Report of the Indian Hemp Drugs Commission, 1894-1895 - Volume VII
Year: 1894
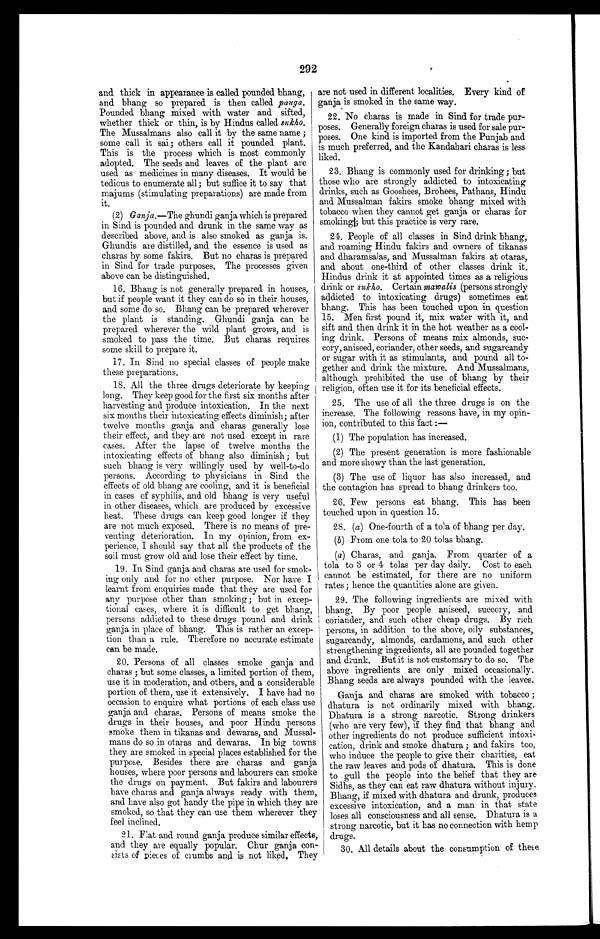
292
and thick in appearance is called pounded bhang,
and bhang so prepared is then called panga.
Pounded bhang mixed with water and sifted,
whether thick or thin, is by Hindus called sukho.
The Mussalmans also call it by the same name;
some call it sai; others call it pounded plant.
This is the process which is most commonly
adopted. The seeds and leaves of the plant are
used as medicines in many diseases. It would be
tedious to enumerate all; but suffice it to say that
majums (stimulating preparations) are made from
it.
(2) Ganja .—The ghundi ganja which is prepared
in Sind is pounded and drunk in the same way as
described above, and is also smoked as ganja is.
Ghundis are distilled, and the essence is used as
charas by some fakirs. But no charas is prepared
in Sind for trade purposes. The processes given
above can be distinguished.
16. Bhang is not generally prepared in houses,
but if people want it they can do so in their houses,
and some do so. Bhang can be prepared wherever
the plant is standing. Ghundi ganja can be
prepared wherever the wild plant grows, and is
smoked to pass the time. But charas requires
some skill to prepare it.
17. In Sind no special classes of people make
these preparations.
18. All the three drugs deteriorate by keeping
long. They keep good for the first six months after
harvesting and produce intoxication. In the next
six months their intoxicating effects diminish; after
twelve months ganja and" charas generally lose
their effect, and they are not used except in rare
cases. After the lapse of twelve months the
intoxicating effects of bhang also diminish; but
such bhang is very willingly used by well-to-do
persons. According to physicians in Sind the
effects of old bhang are cooling, and it is beneficial
in cases of syphilis, and old bhang is very useful
in other diseases, which are produced by excessive
heat. These drugs can keep good longer if they
are not much exposed. There is no means of pre-
venting deterioration. In my opinion, from ex-
perience, I should say that all the products of the
soil must grow old and lose their effect by time.
19. In Sind ganja and charas are used for smok-
ing only and for no other purpose. Nor have I
learnt from enquiries made that they are used for
any purpose other than smoking; but in excep-
tional cases, where it is difficult to get bhang,
persons addicted to these drugs pound and drink
ganja in place of bhang. This is rather an excep-
tion than a rule. Therefore no accurate estimate
can be made.
20. Persons of all classes smoke ganja and
charas; but some classes, a limited portion of them,
use it in moderation, and others, and a considerable
portion of them, use it extensively. I have had no
occasion to enquire what portions of each class use
ganja and charas. Persons of means smoke the
drugs in their houses, and poor Hindu persons
smoke them in tikanas and dewaras, and Mussal-
mans do so in otaras and dewaras. In big towns
they are smoked in special places established for the
purpose. Besides there are charas and ganja
houses, where poor persons and labourers can smoke
the drugs on payment. But fakirs and labourers
have charas and ganja always ready with them,
and have also got handy the pipe in which they are
smoked, so that they can use them wherever they
feel inclined.
21.
Flat and round ganja produce similar effects,
and they are equally popular. Chur ganja con
- s i s t s o f p i e c e s o f c r u m b s a n d i s n o t l i k e d . T h e y
are not used in different localities. Every kind of
ganja is smoked in the same way.
22. No charas is made in Sind for trade pur-
poses. Generally foreign charas is used for sale pur-
poses. One kind is imported from the Punjab and
is much preferred, and the Kandahari charas is less
liked.
23. Bhang is commonly used for drinking; but
those who are strongly addicted to intoxicating
drinks, such as Gooshees, Brohees, Pathans, Hindu
and Mussalman fakirs smoke bhang mixed with
tobacco when they cannot get ganja or charas for
smoking; but this practice is very rare.
24. People of all classes in Sind drink bhang,
and roaming Hindu fakirs and owners of tikanas
and dharamsalas, and Mussalman fakirs at otaras,
and about one-third of other classes drink it.
Hindus drink it at appointed times as a religious
drink or sukho. Certain mawalis (persons strongly
addicted to intoxicating drugs) sometimes eat
bhang. This has been touched upon in question
15. Men first pound it, mix water with it, and
sift and then drink it in the hot weather as a cool-
ing drink. Persons of means mix almonds,
suc-cory, aniseed, coriander, other seeds, and sugarcandy
or sugar with it as stimulants, and pound all to-
gether and drink the mixture. And Mussalmans,
although prohibited the use of bhang by their
religion, often use it for its beneficial effects.
25. The use of all the three drugs is on the
increase. The following reasons have, in my opin-
ion, contributed to this fact:
—
(1) The population has increased.
(2) The present generation is more fashionable
and more showy than the last generation.
(3) The use of liquor has also increased, and
the contagion has spread to bhang drinkers too.
26. Few persons eat bhang. This has been
touched upon in question 15.
28. ( a ) One-fourth of a tola of bhang per day
.
( b ) From one tola to 20 tolas bhang.
(a ) Charas, and ganja. From quarter of a
tola to 3 or 4 tolas per day daily. Cost to each
cannot be estimated, for there are no uniform
rates; hence the quantities alone are given.
29. The following ingredients are mixed with
bhang. By poor people aniseed, succory, and
coriander, and such other cheap drugs. By rich
persons, in addition to the above, oily substances,
sugarcandy, almonds, cardamons, and such other
strengthening ingredients, all are pounded together
and drunk. But it is not customary to do so. The
above ingredients are only mixed occasionally.
Bhang seeds are always pounded with the leaves.
Ganja and charas are smoked with tobacco;
dhatura is not ordinarily mixed with bhang.
Dhatura is a strong narcotic. Strong drinkers
(who are very few), if they find that bhang and
other ingredients do not produce sufficient intoxi-
cation, drink and smoke dhatura; and fakirs too,
who induce the people to give their charities, eat
the raw leaves and pods of dhatura. This is done
to gull the people into the belief that they are
Sidhs, as they can eat raw dhatura without injury.
Bhang, if mixed with dhatura and drunk, produces
excessive intoxication, and a man in that state
loses all consciousness and all sense. Dhatura is a
strong narcotic, but it has no connection with hemp
drugs.
30. All details about the consumption of these